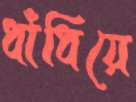
ধাঁধিয়ে